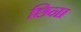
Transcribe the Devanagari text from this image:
छिना